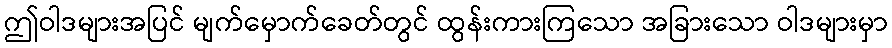
ဤဝါဒများအပြင် မျက်မှောက်ခေတ်တွင် ထွန်းကားကြသော အခြားသော ဝါဒများမှာ